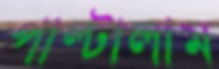
পাল্টালাম